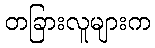
တခြားလူများက